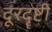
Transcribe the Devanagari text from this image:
दूरदॄष्टी